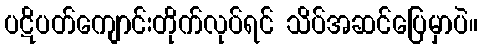
ပဋိပတ်ကျောင်းတိုက်လုပ်ရင် သိပ်အဆင်ပြေမှာပဲ။